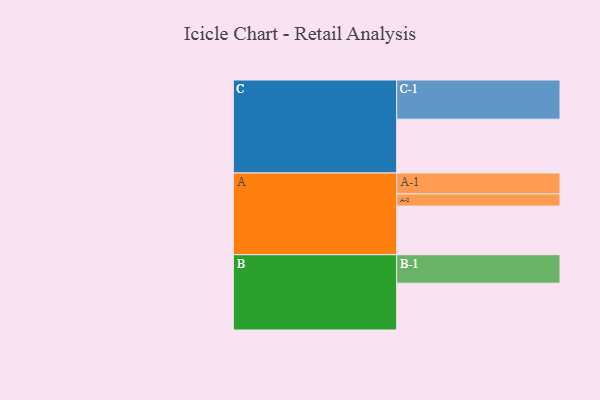
{"axis": {"x": "Segment", "y": "Value"}, "legend": ["", "A", "B", "C"], "data": [{"x": "A", "y": 351, "type": ""}, {"x": "B", "y": 338, "type": ""}, {"x": "C", "y": 389, "type": ""}, {"x": "A-1", "y": 151, "type": "A"}, {"x": "A-2", "y": 88, "type": "A"}, {"x": "B-1", "y": 206, "type": "B"}, {"x": "C-1", "y": 283, "type": "C"}]}